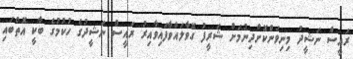
ރައީސް ނަޝީދު މިނިވަންކޮށްދިނުމަށް ޝަރީފު ގޮވާލައްވާފައިވާއިރު ރައީސް ނަޝީދުގެ ހުކުމުގެ ބާކީ އޮތްބައި